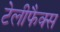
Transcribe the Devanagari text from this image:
टेलीफैक्स